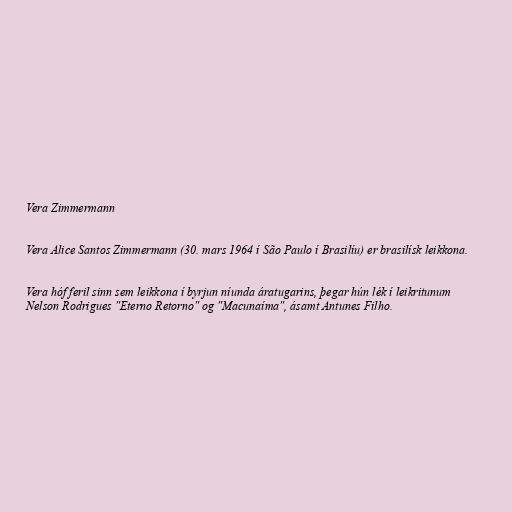
Vera Zimmermann

Vera Alice Santos Zimmermann (30. mars 1964 í São Paulo í Brasilíu) er brasilísk leikkona.

Vera hóf feril sinn sem leikkona í byrjun níunda áratugarins, þegar hún lék í leikritunum
Nelson Rodrigues "Eterno Retorno" og "Macunaíma", ásamt Antunes Filho.